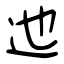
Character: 迆